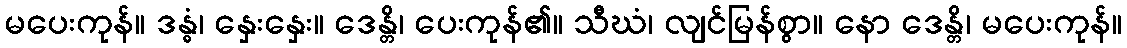
မပေးကုန်။ ဒန္ဓံ၊ နှေးနှေး။ ဒေန္တိ၊ ပေးကုန်၏။ သီဃံ၊ လျင်မြန်စွာ။ နော ဒေန္တိ၊ မပေးကုန်။